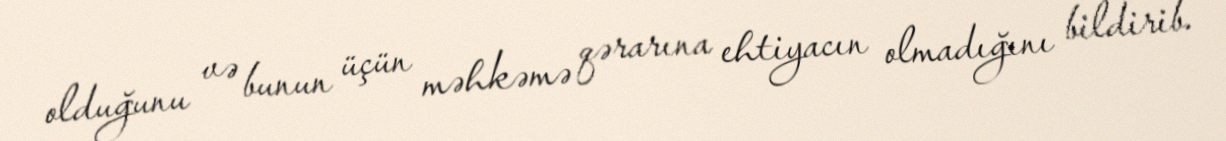
olduğunu və bunun üçün məhkəmə qərarına ehtiyacın olmadığını bildirib.